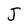
Character: J